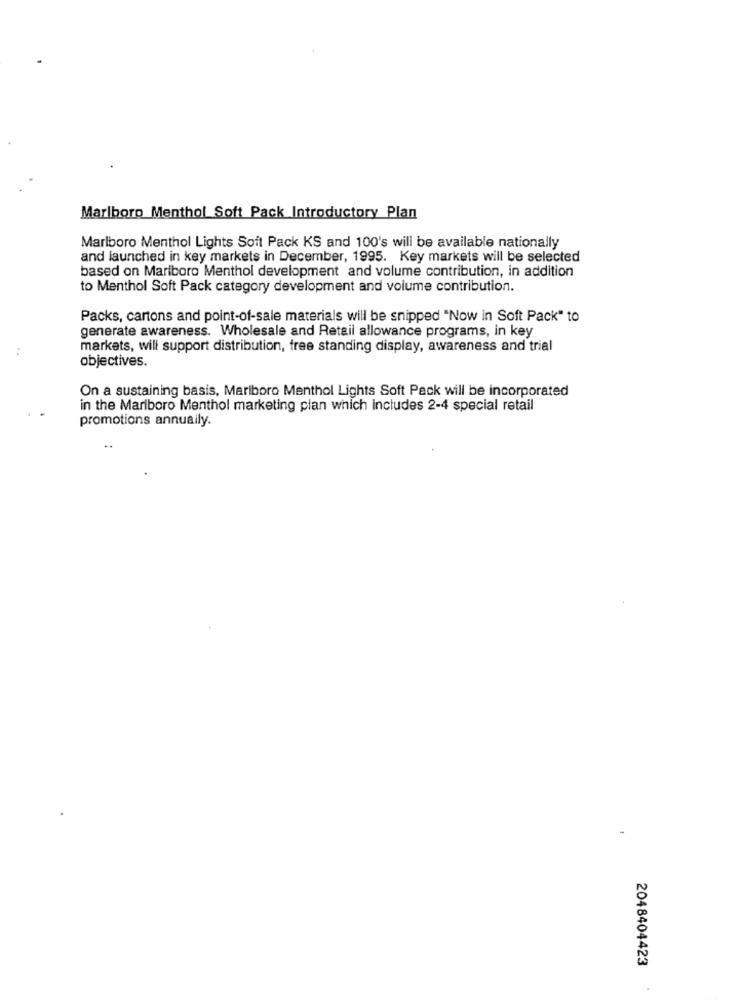
Marlboro Menthol Soft Pack Introductory Plan
Marlboro Menthol Lights Soft Pack KS and 100's will be available nationally
and launched in key markets in December, 1995. Key markets will be selected
based on Marlboro Menthol development and volume contribution, in addition
to Menthol Soft Pack category development and volume contribution.
Packs, cartons and point-of-sale materials will be snipped "Now in Soft Pack" to
generate awareness. Wholesale and Retail allowance programs, in key
markets, will support distribution, free standing display, awareness and trial
objectives.
On a sustaining basis, Mariboro Menthol Lights Soft Pack will be incorporated
in the Mariboro Menthol marketing plan which includes 2-4 special retail
promotions annually.
2048404423